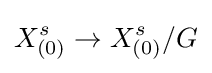
X_{(0)}^{s}\to X_{(0)}^{s}/G